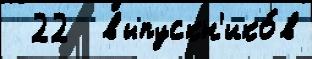
 22  выпускн'ико́в